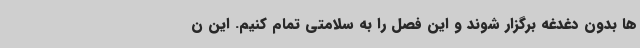
ها بدون دغدغه برگزار شوند و این فصل را به سلامتی تمام کنیم. این ن